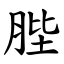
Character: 䏶